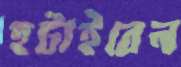
হটাইবেন